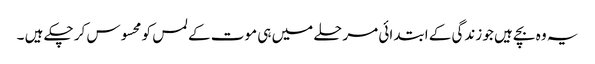
یہ وہ بچے ہیں جو زندگی کے ابتدائی مرحلے میں ہی موت کے لمس کو محسوس کر چکے ہیں ۔